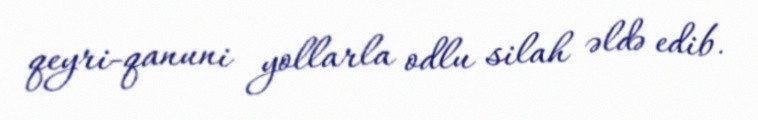
qeyri-qanuni yollarla odlu silah əldə edib.